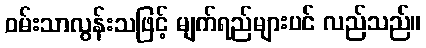
ဝမ်းသာလွန်းသဖြင့် မျက်ရည်များပင် လည်သည်။